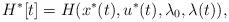
LaTeX: \begin{align*} H^\ast[t] = H(x^\ast(t),u^\ast(t),\lambda_0,\lambda(t)),\end{align*}